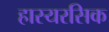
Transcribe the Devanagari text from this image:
हास्यरसिक